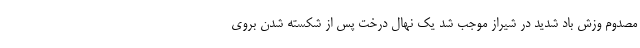
مصدوم وزش باد شدید در شیراز موجب شد یک نهال درخت پس از شکسته شدن بروی